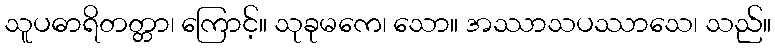
သူပဓာရိတတ္တာ၊ ကြောင့်။ သုခုမကေ၊ သော။ အဿာသပဿာသေ၊ သည်။